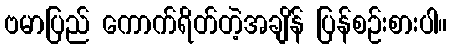
ဗမာပြည် ကောက်ရိတ်တဲ့အချိန် ပြန်စဉ်းစားပါ။